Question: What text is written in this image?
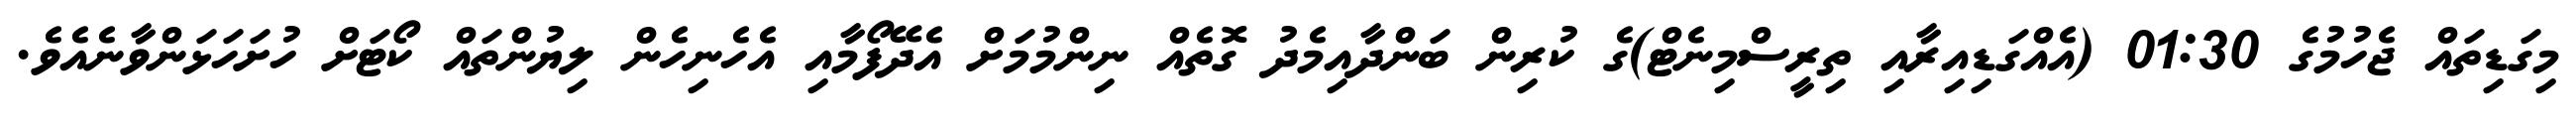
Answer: މިގަޑިތައް ޖެހުމުގެ 01:30 (އެއްގަޑިއިރާއި ތިރީސްމިނެޓް)ގެ ކުރިން ބަންދާއިމެދު ގޮތެއް ނިންމުމަށް އެދޭފޯމާއި އެހެނިހެން ލިޔުންތައް ކޯޓަށް ހުށަހަޅަންވާނެއެވެ.